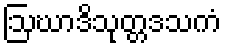
ဩဃာဒိသုတ္တဒသကံ